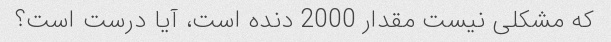
که مشکلی نیست مقدار 2000 دنده است، آیا درست است؟